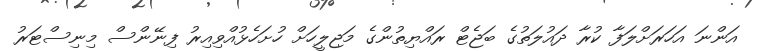
އަންނަ އަހަރަށްލަފާ ކުރާ ދައުލަތުގެ ބަޖެޓް ރައްޔިތުންގެ މަޖިލީހަށް ހުށަހެޅުއްވިއިރު ފިނޭންސް މިނިސްޓަރު